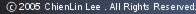
©2006 ChienLin Lee . All Rights Reserved.